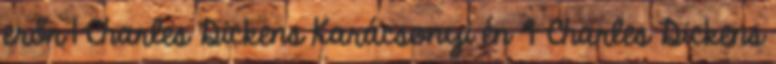
erőr 1 Charles Dickens Karácsonyi én 4 Charles Dickens